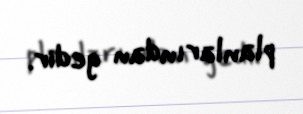
planlarından gedir.